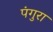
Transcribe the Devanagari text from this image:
पंगुरा